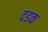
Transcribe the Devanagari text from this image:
दडक